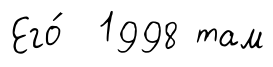
Его́ 1998 там